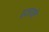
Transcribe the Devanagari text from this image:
प्रजायते